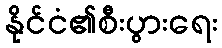
နိုင်ငံ၏စီးပွားရေး